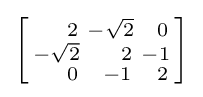
\left[{\begin{smallmatrix}\ \,\ \ 2&-{\sqrt {2}}&\ \,0\\-{\sqrt {2}}&\ \,\ \ 2&-1\\\ \,\ \ 0&\ \,-1&\ \,2\end{smallmatrix}}\right]